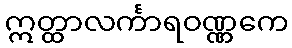
ဣတ္ထာလင်္ကာရဝဏ္ဏကေ